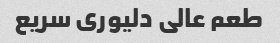
طعم عالی دلیوری سریع